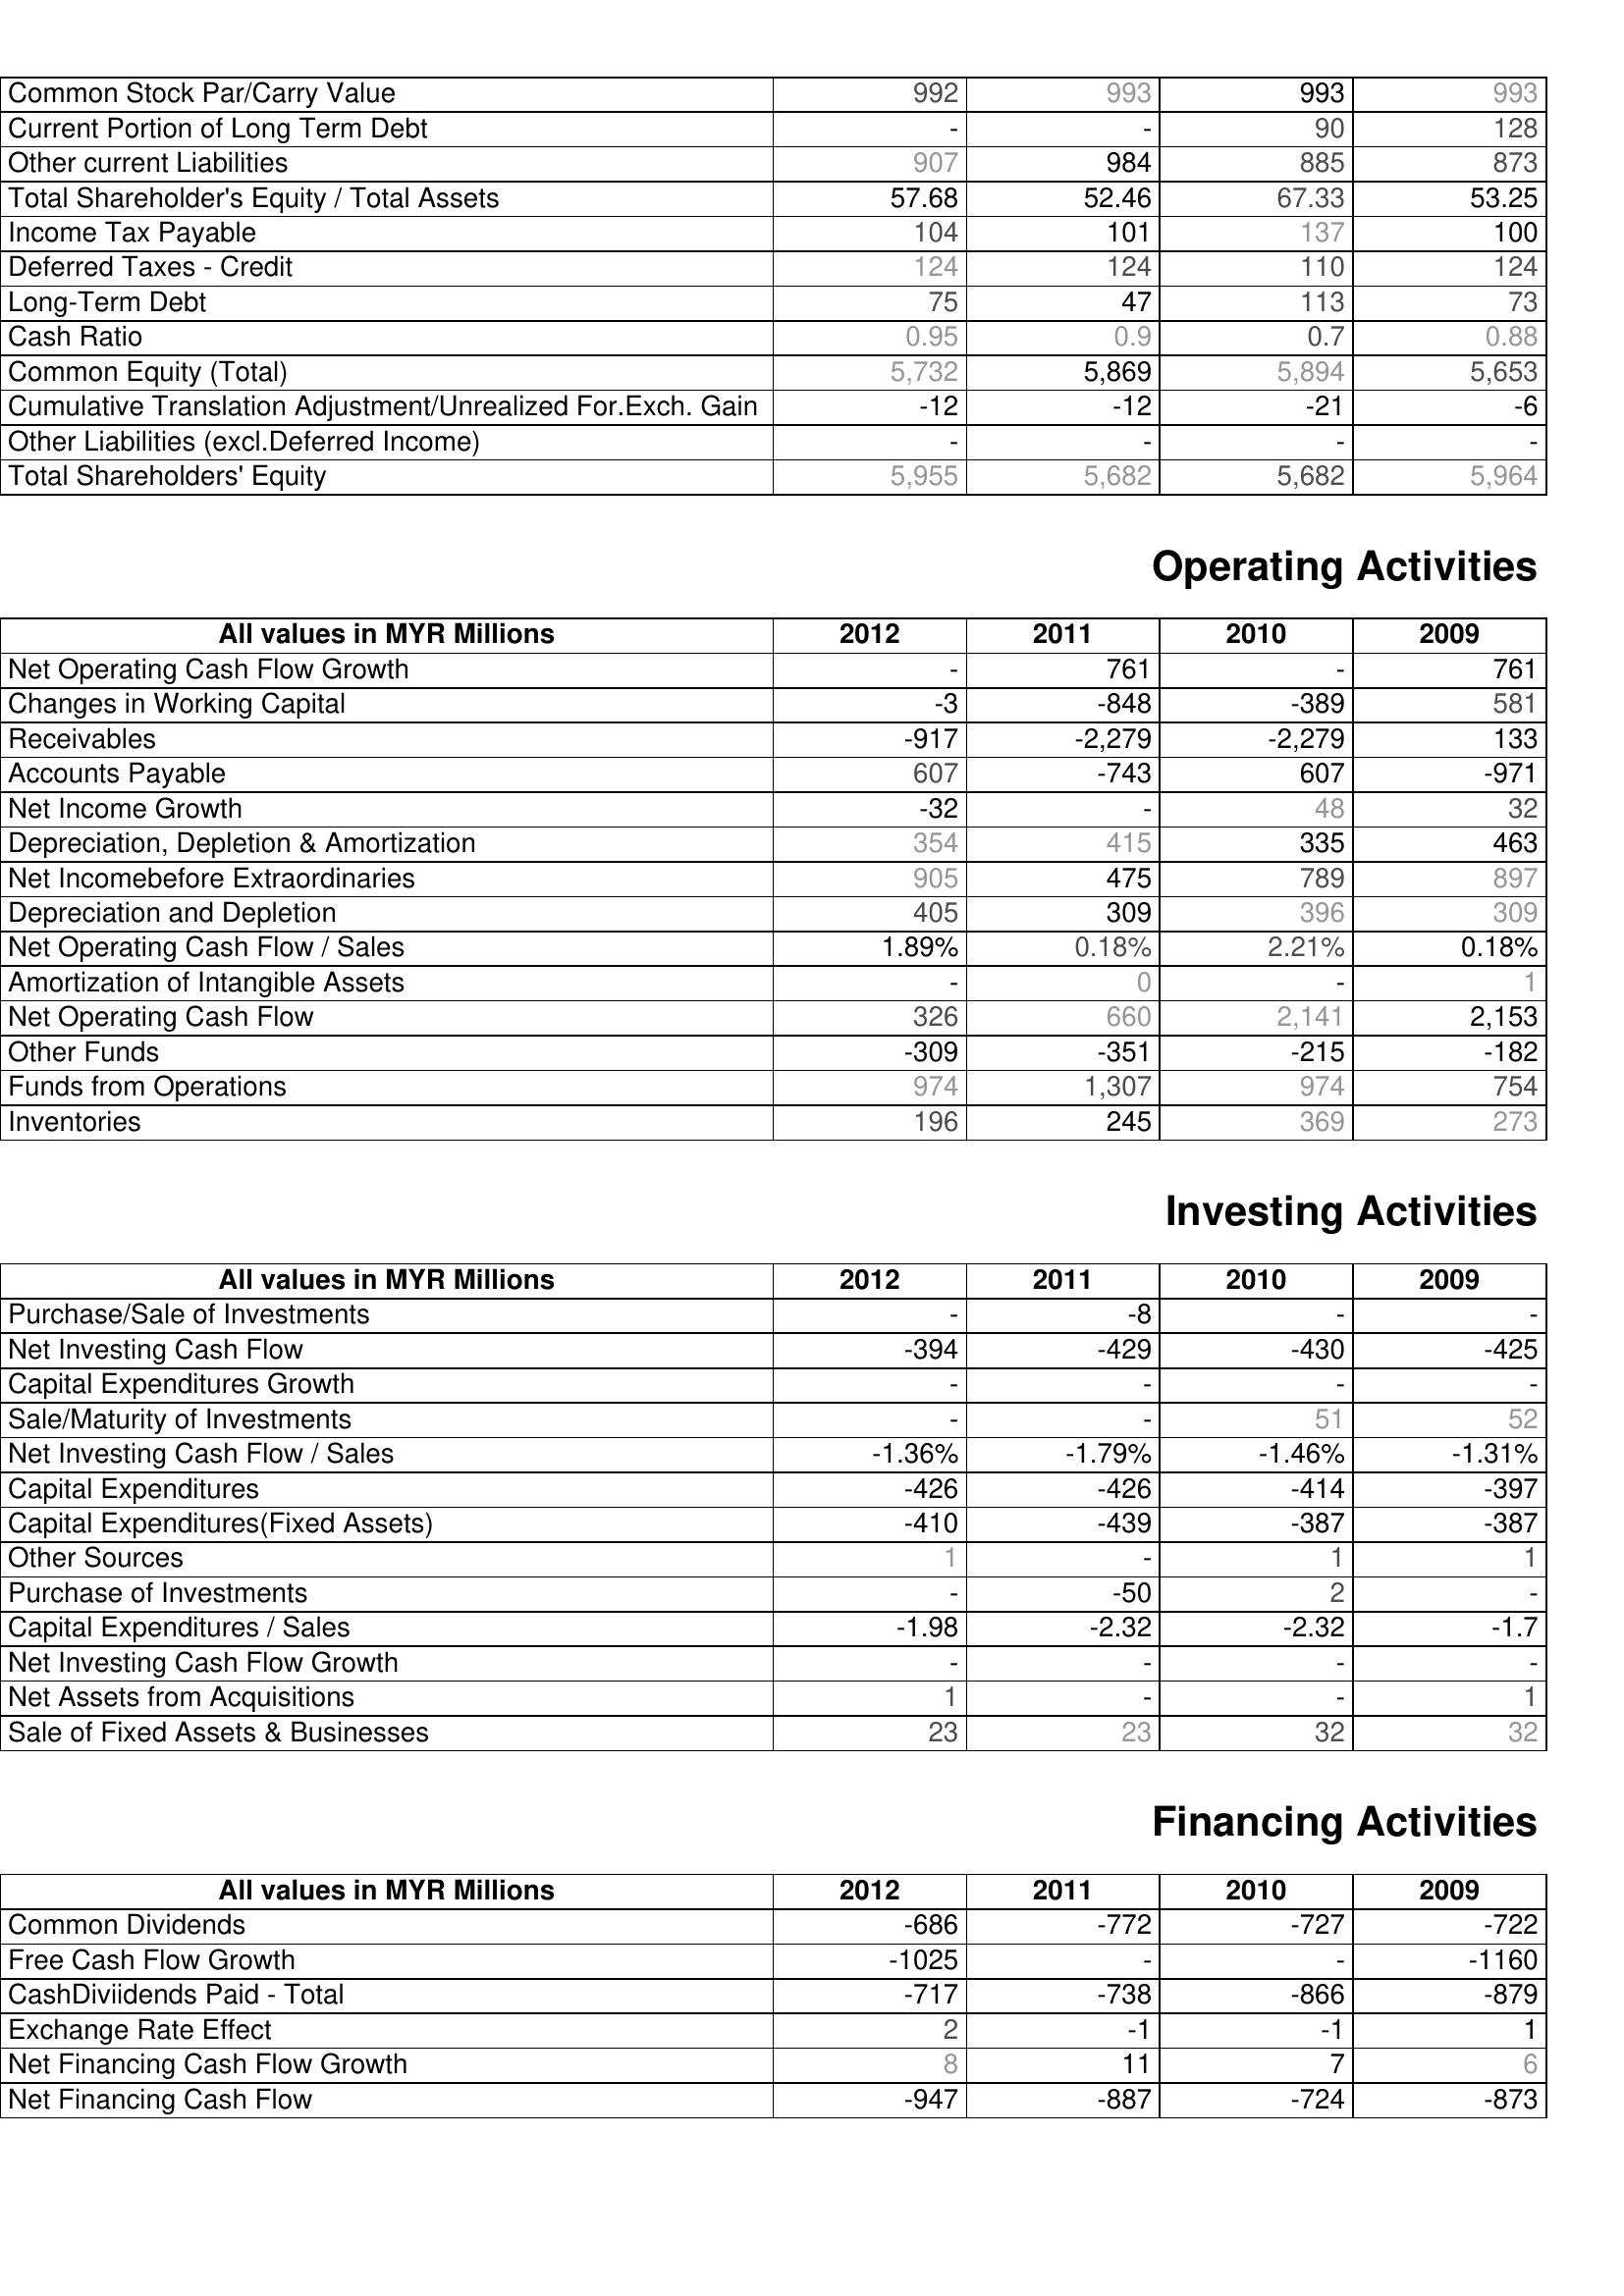
2012: Liabilities & Shareholder's Equity: Common Stock Par/Carry Value: 992
Current Portion of Long Term Debt: -
Other current Liabilities: 907
Total Shareholder's Equity / Total Assets: 57.68
Income Tax Payable: 104
Deferred Taxes - Credit: 124
Long-Term Debt: 75
Cash Ratio: 0.95
Common Equity (Total): 5,732
Cumulative Translation Adjustment/Unrealized For.Exch. Gain: -12
Other Liabilities (excl.Deferred Income): -
Total Shareholders' Equity: 5,955
Operating Activities: Net Operating Cash Flow Growth: -
Changes in Working Capital: -3
Receivables: -917
Accounts Payable: 607
Net Income Growth: -32
Depreciation, Depletion & Amortization: 354
Net Incomebefore Extraordinaries: 905
Depreciation and Depletion: 405
Net Operating Cash Flow / Sales: 1.89%
Amortization of Intangible Assets: -
Net Operating Cash Flow: 326
Other Funds: -309
Funds from Operations: 974
Inventories: 196
Investing Activities: Purchase/Sale of Investments: -
Net Investing Cash Flow: -394
Capital Expenditures Growth: -
Sale/Maturity of Investments: -
Net Investing Cash Flow / Sales: -1.36%
Capital Expenditures: -426
Capital Expenditures(Fixed Assets): -410
Other Sources: 1
Purchase of Investments: -
Capital Expenditures / Sales: -1.98
Net Investing Cash Flow Growth: -
Net Assets from Acquisitions: 1
Sale of Fixed Assets & Businesses: 23
Financing Activities: Common Dividends: -686
Free Cash Flow Growth: -1025
CashDiviidends Paid - Total: -717
Exchange Rate Effect: 2
Net Financing Cash Flow Growth: 8
Net Financing Cash Flow: -947
2011: Liabilities & Shareholder's Equity: Common Stock Par/Carry Value: 993
Current Portion of Long Term Debt: -
Other current Liabilities: 984
Total Shareholder's Equity / Total Assets: 52.46
Income Tax Payable: 101
Deferred Taxes - Credit: 124
Long-Term Debt: 47
Cash Ratio: 0.9
Common Equity (Total): 5,869
Cumulative Translation Adjustment/Unrealized For.Exch. Gain: -12
Other Liabilities (excl.Deferred Income): -
Total Shareholders' Equity: 5,682
Operating Activities: Net Operating Cash Flow Growth: 761
Changes in Working Capital: -848
Receivables: -2,279
Accounts Payable: -743
Net Income Growth: -
Depreciation, Depletion & Amortization: 415
Net Incomebefore Extraordinaries: 475
Depreciation and Depletion: 309
Net Operating Cash Flow / Sales: 0.18%
Amortization of Intangible Assets: 0
Net Operating Cash Flow: 660
Other Funds: -351
Funds from Operations: 1,307
Inventories: 245
Investing Activities: Purchase/Sale of Investments: -8
Net Investing Cash Flow: -429
Capital Expenditures Growth: -
Sale/Maturity of Investments: -
Net Investing Cash Flow / Sales: -1.79%
Capital Expenditures: -426
Capital Expenditures(Fixed Assets): -439
Other Sources: -
Purchase of Investments: -50
Capital Expenditures / Sales: -2.32
Net Investing Cash Flow Growth: -
Net Assets from Acquisitions: -
Sale of Fixed Assets & Businesses: 23
Financing Activities: Common Dividends: -772
Free Cash Flow Growth: -
CashDiviidends Paid - Total: -738
Exchange Rate Effect: -1
Net Financing Cash Flow Growth: 11
Net Financing Cash Flow: -887
2010: Liabilities & Shareholder's Equity: Common Stock Par/Carry Value: 993
Current Portion of Long Term Debt: 90
Other current Liabilities: 885
Total Shareholder's Equity / Total Assets: 67.33
Income Tax Payable: 137
Deferred Taxes - Credit: 110
Long-Term Debt: 113
Cash Ratio: 0.7
Common Equity (Total): 5,894
Cumulative Translation Adjustment/Unrealized For.Exch. Gain: -21
Other Liabilities (excl.Deferred Income): -
Total Shareholders' Equity: 5,682
Operating Activities: Net Operating Cash Flow Growth: -
Changes in Working Capital: -389
Receivables: -2,279
Accounts Payable: 607
Net Income Growth: 48
Depreciation, Depletion & Amortization: 335
Net Incomebefore Extraordinaries: 789
Depreciation and Depletion: 396
Net Operating Cash Flow / Sales: 2.21%
Amortization of Intangible Assets: -
Net Operating Cash Flow: 2,141
Other Funds: -215
Funds from Operations: 974
Inventories: 369
Investing Activities: Purchase/Sale of Investments: -
Net Investing Cash Flow: -430
Capital Expenditures Growth: -
Sale/Maturity of Investments: 51
Net Investing Cash Flow / Sales: -1.46%
Capital Expenditures: -414
Capital Expenditures(Fixed Assets): -387
Other Sources: 1
Purchase of Investments: 2
Capital Expenditures / Sales: -2.32
Net Investing Cash Flow Growth: -
Net Assets from Acquisitions: -
Sale of Fixed Assets & Businesses: 32
Financing Activities: Common Dividends: -727
Free Cash Flow Growth: -
CashDiviidends Paid - Total: -866
Exchange Rate Effect: -1
Net Financing Cash Flow Growth: 7
Net Financing Cash Flow: -724
2009: Liabilities & Shareholder's Equity: Common Stock Par/Carry Value: 993
Current Portion of Long Term Debt: 128
Other current Liabilities: 873
Total Shareholder's Equity / Total Assets: 53.25
Income Tax Payable: 100
Deferred Taxes - Credit: 124
Long-Term Debt: 73
Cash Ratio: 0.88
Common Equity (Total): 5,653
Cumulative Translation Adjustment/Unrealized For.Exch. Gain: -6
Other Liabilities (excl.Deferred Income): -
Total Shareholders' Equity: 5,964
Operating Activities: Net Operating Cash Flow Growth: 761
Changes in Working Capital: 581
Receivables: 133
Accounts Payable: -971
Net Income Growth: 32
Depreciation, Depletion & Amortization: 463
Net Incomebefore Extraordinaries: 897
Depreciation and Depletion: 309
Net Operating Cash Flow / Sales: 0.18%
Amortization of Intangible Assets: 1
Net Operating Cash Flow: 2,153
Other Funds: -182
Funds from Operations: 754
Inventories: 273
Investing Activities: Purchase/Sale of Investments: -
Net Investing Cash Flow: -425
Capital Expenditures Growth: -
Sale/Maturity of Investments: 52
Net Investing Cash Flow / Sales: -1.31%
Capital Expenditures: -397
Capital Expenditures(Fixed Assets): -387
Other Sources: 1
Purchase of Investments: -
Capital Expenditures / Sales: -1.7
Net Investing Cash Flow Growth: -
Net Assets from Acquisitions: 1
Sale of Fixed Assets & Businesses: 32
Financing Activities: Common Dividends: -722
Free Cash Flow Growth: -1160
CashDiviidends Paid - Total: -879
Exchange Rate Effect: 1
Net Financing Cash Flow Growth: 6
Net Financing Cash Flow: -873